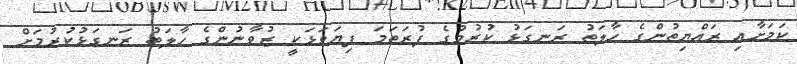
ކަމަށާއި ރައްޔިތުންގެ ހާލަތު ރަނގަޅު ކުރުމުގެ ފުރަތަމަ ފިޔަވަޅަކީ ޒުވާނުންގެ ހާލަތު ރަނގަޅުކުރުމަށް